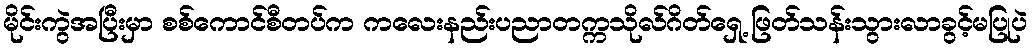
မိုင်းကွဲအပြီးမှာ စစ်ကောင်စီတပ်က ကလေးနည်းပညာတက္ကသိုလ်ဂိတ်ရှေ့ ဖြတ်သန်းသွားလာခွင့်မပြုပဲ